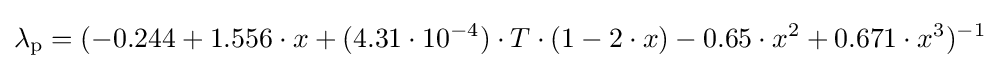
\lambda _{\text{p}}=(-0.244+1.556\cdot x+(4.31\cdot 10^{-4})\cdot T\cdot (1-2\cdot x)-0.65\cdot x^{2}+0.671\cdot x^{3})^{-1}